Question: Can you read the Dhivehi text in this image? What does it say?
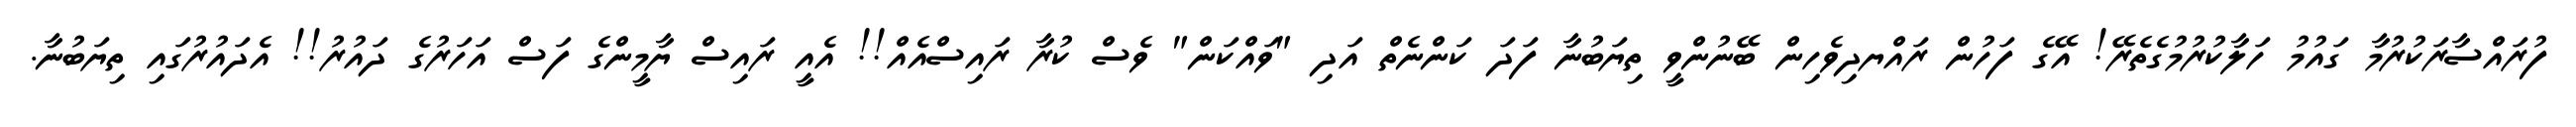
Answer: ފުރައްސާރަކުރުމާ ގައުމު ހަލާކުރުމުގެތެރޭ! އޭގެ ފަހުން ރައްޔދިވެހިން ބޭނުންވީ ތިޔަބުނާ ފަދަ ކަންނެތް އަދި "ވައްކަން" ވެސް ކުރާ ރައިސްއެއް!! އެއީ ރައިސް ޔާމީންގެ ފަސް އަހަރުގެ ދައުރު!! އެދައުރުގައި ތިޔަބުނާ.